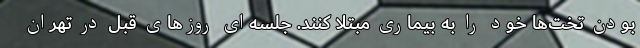
بودن تخت‌ها خود را به بیماری مبتلا کنند. جلسه‌ای روزهای قبل در تهران